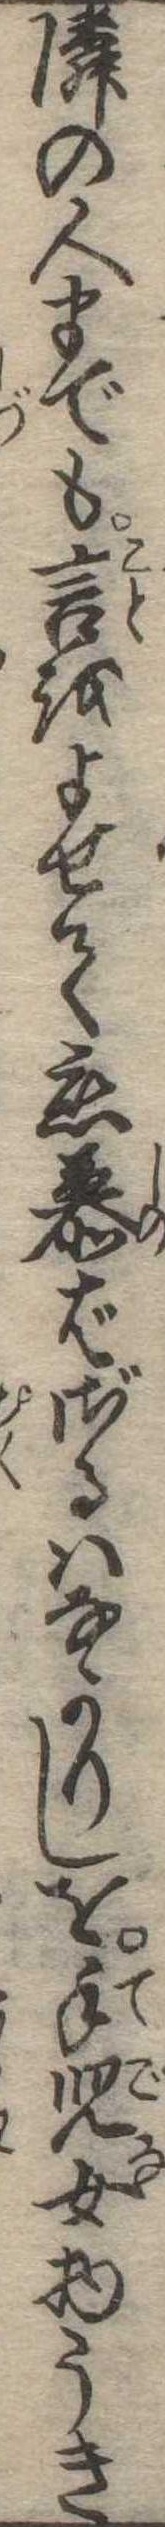
隣の人までも言をよせて恋慕ばざるはなかりしを手児女物うき